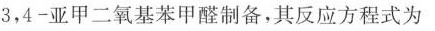
3，4-亚甲二氧基苯甲醛制备，其反应方程式为